Trukikaitis_Postimees, lk 206
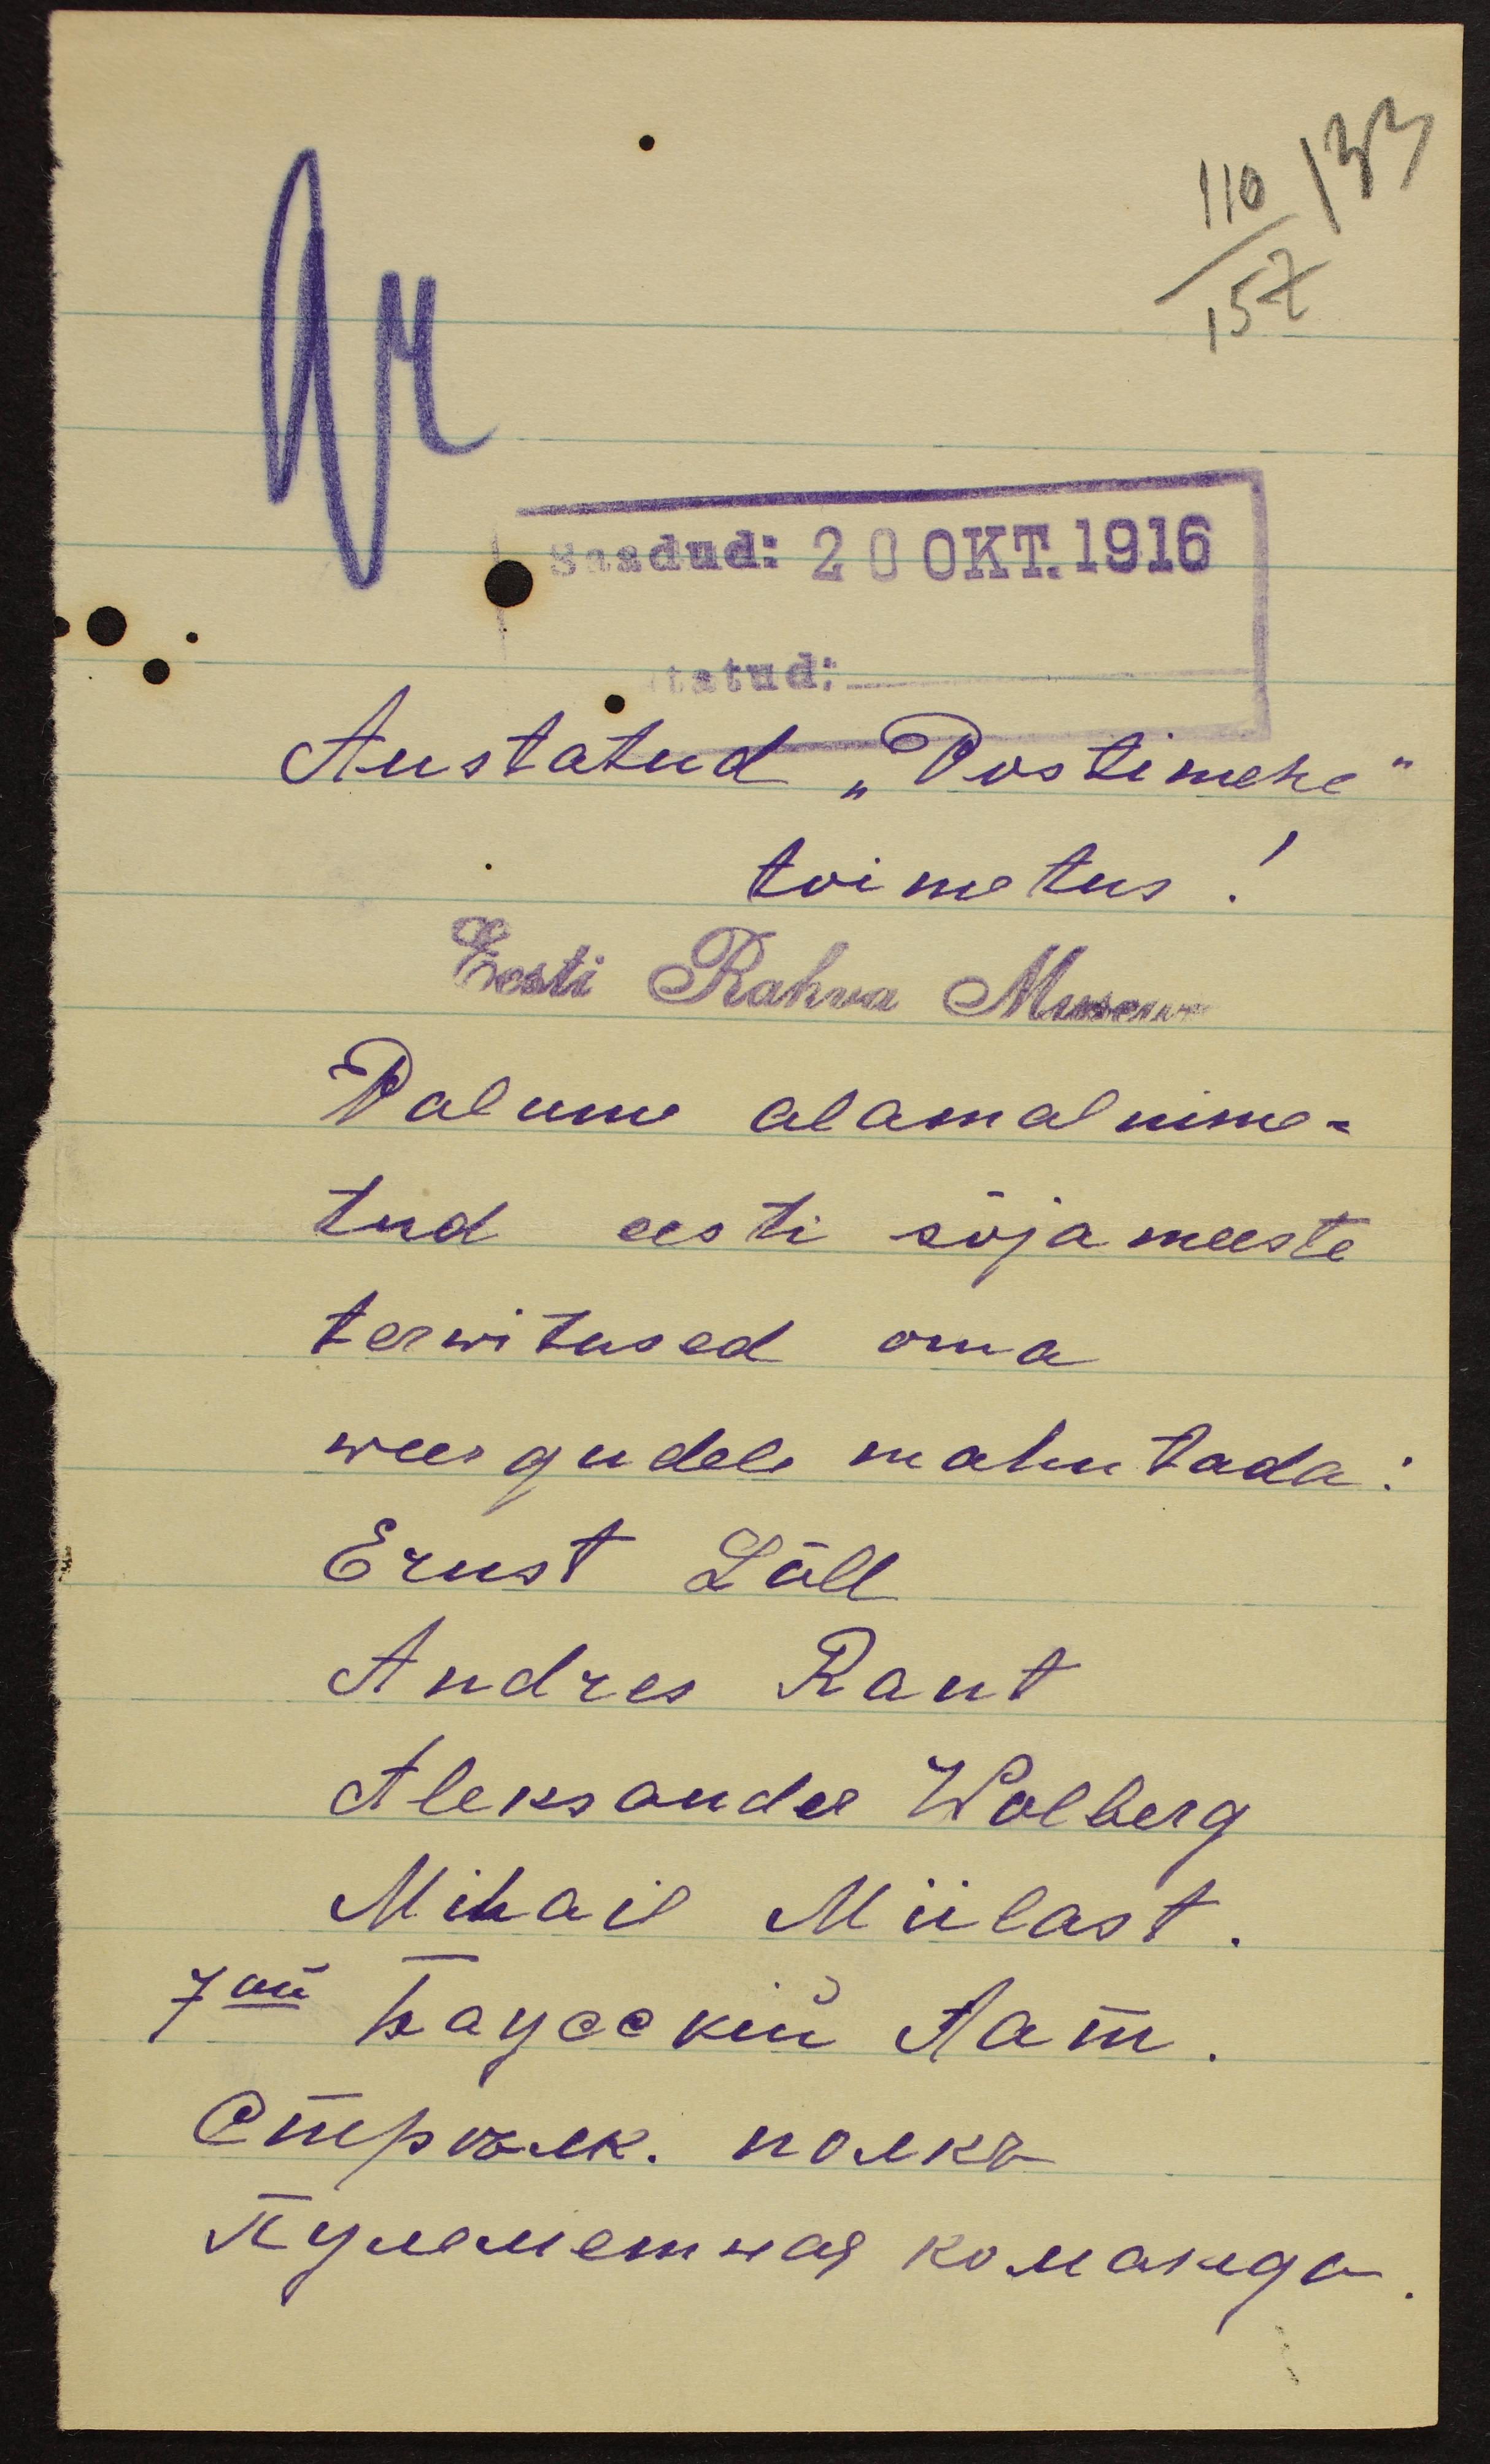
133
110
157
Saadud: 20 OKT.1916
tatud:
Austatud "Postimehe"
toimetus!
Eesti Rahva Museum
Palume alamal nime-
tud eesti sõjameeste
terwitused oma
weergudele mahutada:
Ernst Läll
Andres Rant
Aleksander Wolberg
Mihail Miilast.